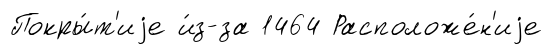
Покры́т'иjе и́з-за 1464 Расположе́н'иjе